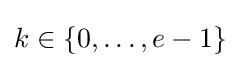
k\in \{0,\dots ,e-1\}